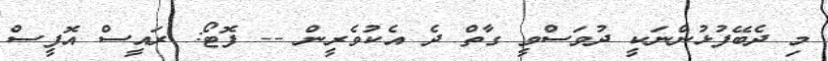
މި ދެބޭފުޅުންނަކީ ދުވަސްވީ ގާތް ދެ އެކުވެރީން -- ފޮޓޯ: ރައީސް އޮފީސް